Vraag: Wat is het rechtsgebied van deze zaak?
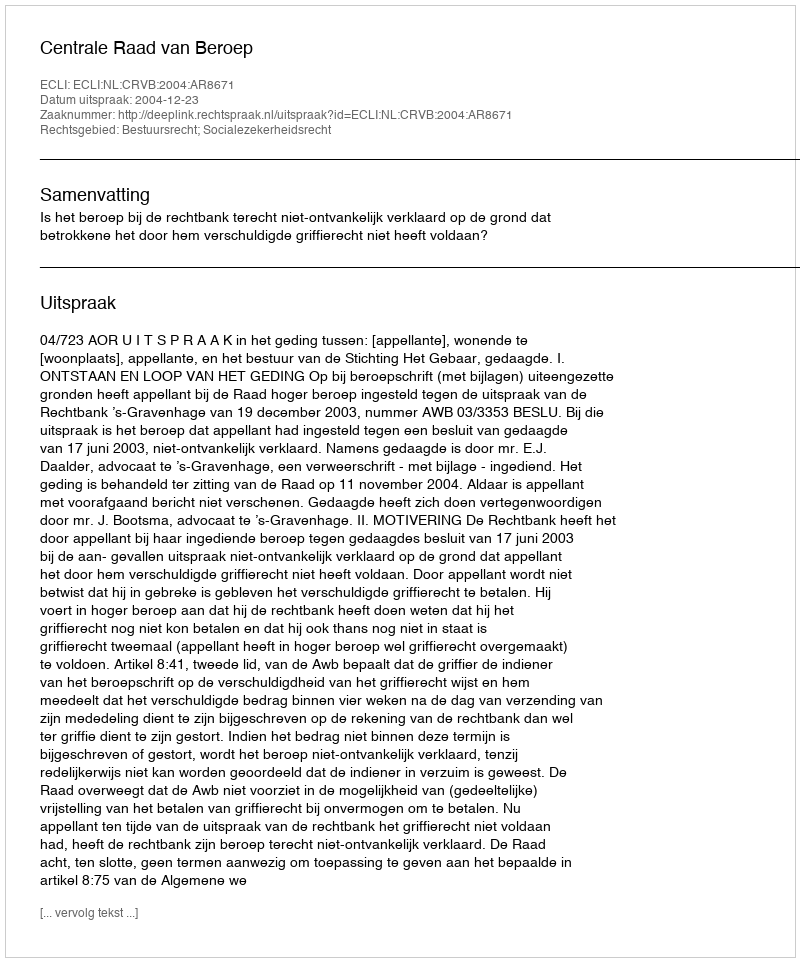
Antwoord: Bestuursrecht; Socialezekerheidsrecht